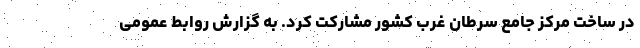
در ساخت مرکز جامع سرطان غرب کشور مشارکت کرد. به گزارش روابط عمومی